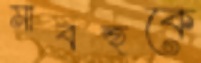
মাবহুকে